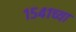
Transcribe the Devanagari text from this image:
१५४१च्या